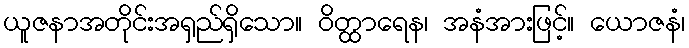
ယူဇနာအတိုင်းအရှည်ရှိသော။ ဝိတ္ထာရေန၊ အနံအားဖြင့်။ ယောဇနံ၊